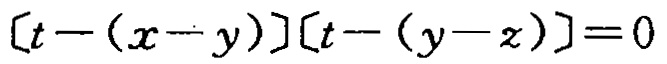
\[ [t - (x - y)][t - (y - z)] = 0 \]